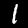
Digit: 1